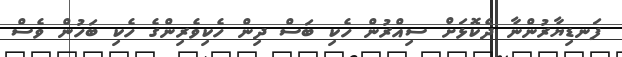
ފަނޑިޔާރުންނާ ދެކޮޅަށް ސިއްރުން ހެކި ބަސް ދިން ހެކިވެރިންގެ ހެކި ބަހުން ވެސް